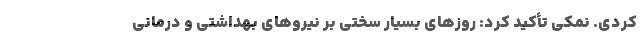
کردی. نمکی تأکید کرد: روزهای بسیار سختی بر نیروهای بهداشتی و درمانی